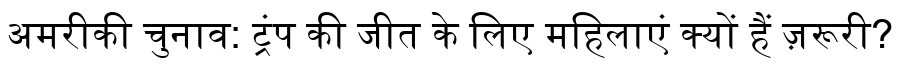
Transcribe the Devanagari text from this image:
अमरीकी चुनाव: ट्रंप की जीत के लिए महिलाएं क्यों हैं ज़रूरी?